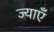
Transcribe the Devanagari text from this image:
ज्याएँ